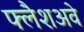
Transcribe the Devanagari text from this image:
फ्लैशअवे